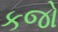
કજો